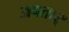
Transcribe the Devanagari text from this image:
अवतार्